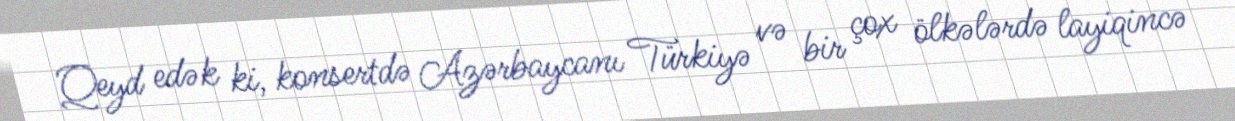
Qeyd edək ki, konsertdə Azərbaycanı Türkiyə və bir çox ölkələrdə layiqincə